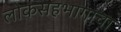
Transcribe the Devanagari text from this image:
लोकसहभागाचा